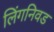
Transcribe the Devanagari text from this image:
लिंगनिवड